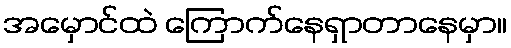
အမှောင်ထဲ ကြောက်နေရှာတာနေမှာ။